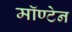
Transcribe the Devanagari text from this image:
मॉण्टेन